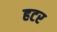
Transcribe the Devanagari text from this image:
हटर